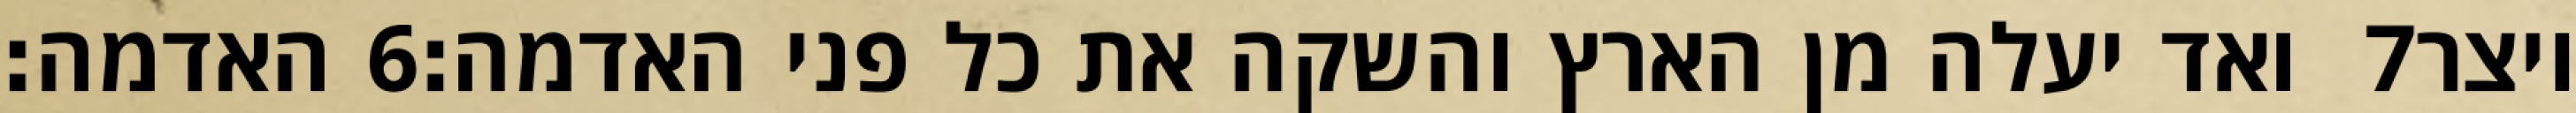
האדמה׃ ‎6‏ ואד יעלה מן הארץ והשקה את כל פני האדמה׃ ‎7‏ ויצר